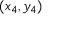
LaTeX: ( x _ { 4 } , y _ { 4 } )